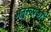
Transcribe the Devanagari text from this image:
अनुरूपकों